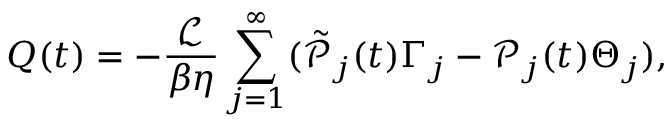
Q ( t ) = - \frac { \mathcal { L } } { \beta \eta } \sum _ { j = 1 } ^ { \infty } ( \tilde { \mathcal { P } } _ { j } ( t ) \Gamma _ { j } - \mathcal { P } _ { j } ( t ) \Theta _ { j } ) ,